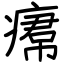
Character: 𤸷